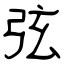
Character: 弦